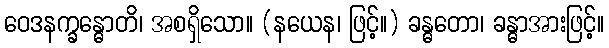
ဝေဒနက္ခန္ဓောတိ၊ အစရှိသော။ (နယေန၊ ဖြင့်။) ခန္ဓတော၊ ခန္ဓာအားဖြင့်။